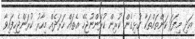
އަދި މިފަދަ ކަންތައްތަކާ ގުޅިގެން ކުރިން ކުރަންނުޖެހޭ އެތައް ހަރަދެއް މިހާރު ކުރަންޖެހިފައިވާ